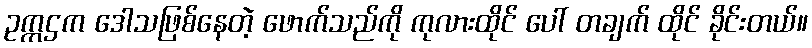
ဥက္ကဌက ဒေါသဖြစ်နေတဲ့ ဖောက်သည်ကို ကုလားထိုင် ပေါ် တချက် ထိုင် ခိုင်းတယ်။